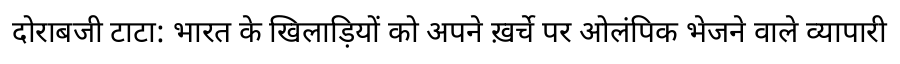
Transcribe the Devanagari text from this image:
दोराबजी टाटा: भारत के खिलाड़ियों को अपने ख़र्चे पर ओलंपिक भेजने वाले व्यापारी